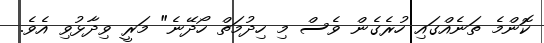
ކޮންމެ ތަނެއްގައި ހުރެގެން ވެސް މި ހިދުމަތް ހޯދޭނެ" މަރީ ވިދާޅުވި އެވެ.